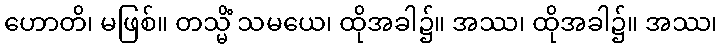
ဟောတိ၊ မဖြစ်။ တသ္မိံ သမယေ၊ ထိုအခါ၌။ အဿ၊ ထိုအခါ၌။ အဿ၊